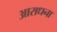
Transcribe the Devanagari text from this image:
अाराधना